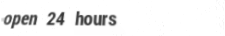
open 24 hours